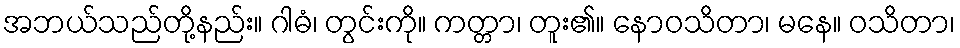
အဘယ်သည်တို့နည်း။ ဂါဓံ၊ တွင်းကို။ ကတ္တာ၊ တူး၏။ နောဝသိတာ၊ မနေ။ ဝသိတာ၊